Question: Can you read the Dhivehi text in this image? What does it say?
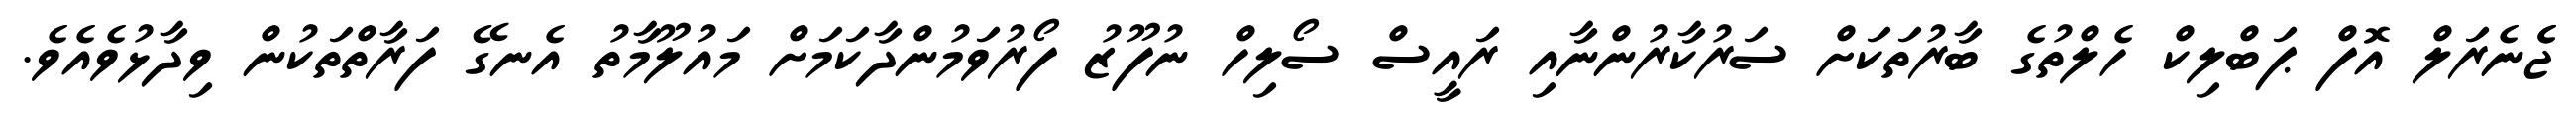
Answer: ޖެެނެރަލް އޮފް ޕަބްލިކް ހެލްތުގެ ބާރުތަކަށް ސަރުކާރުންނާއި ރައީސް ސޯލިހް ނުފޫޒު ފޯރުވަމުންދާކަމަށް މައުލޫމާތު އެނގޭ ފަރާތްތަކުން ވިދާޅުވެއެވެ.